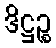
ဒိဋ္ဌဉ္စ